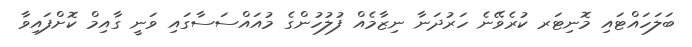
ބަލަހައްޓައި މޮނިޓަރ ކުރެވޭނެ ހަރުދަނާ ނިޒާމެއް ފުލުހުންގެ މުއައްސަސާގައި ވަނީ ގާއިމް ކޮށްފައިވާ